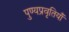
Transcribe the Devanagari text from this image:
पुण्यप्रवृतियाँ